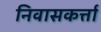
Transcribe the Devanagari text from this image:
निवासकर्त्ता